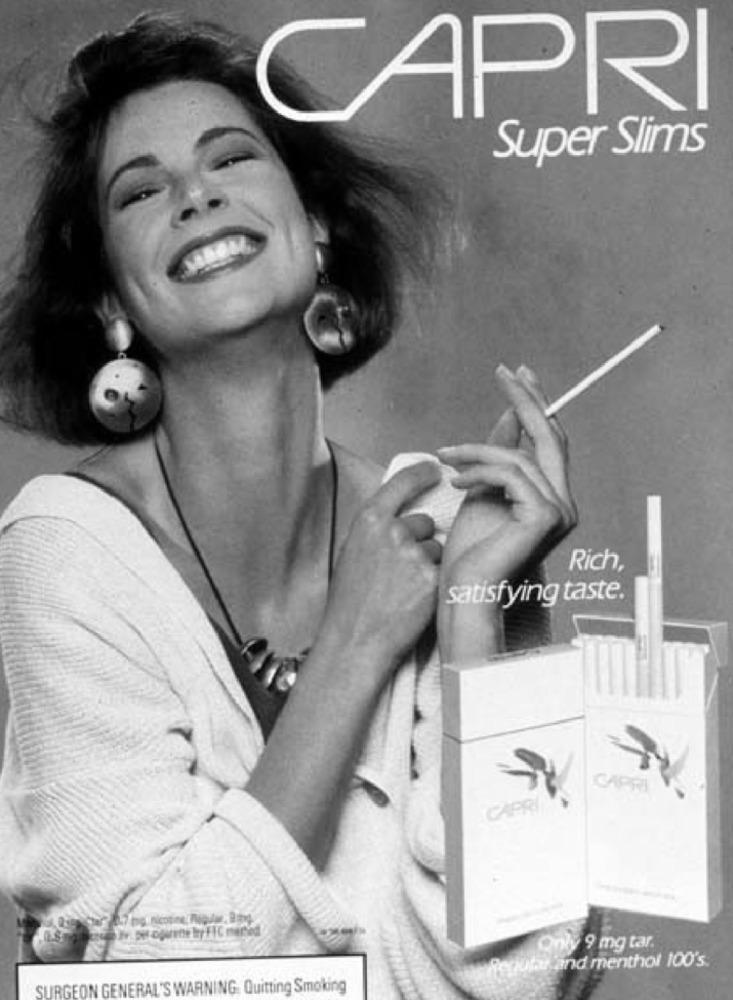
CAPRI
Super Slims
Rich,
satisfying taste.
CAPRI
CAPRIO
047 mg nicotine, nuodw: Boog.
Only 9 mg tar.
Regular and menthol 100's.
SURGEON GENERAL'S WARNING. Quitting Smoking